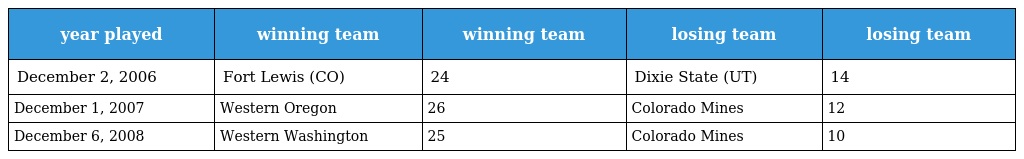
| year played | winning team | winning team | losing team | losing team |
 | --- | --- | --- | --- | --- |
 | December 2, 2006 | Fort Lewis (CO) | 24 | Dixie State (UT) | 14 |
 | December 1, 2007 | Western Oregon | 26 | Colorado Mines | 12 |
 | December 6, 2008 | Western Washington | 25 | Colorado Mines | 10 |